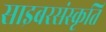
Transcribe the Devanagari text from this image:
साइबरसंस्कृति